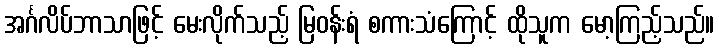
အင်္ဂလိပ်ဘာသာဖြင့် မေးလိုက်သည့် မြဝန်းရံ စကားသံကြောင့် ထိုသူက မော့ကြည့်သည်။